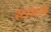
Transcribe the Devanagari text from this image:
स्वरूप्त